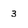
Character: 3